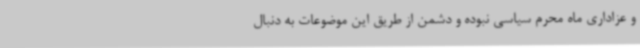
و عزاداری ماه محرم سیاسی نبوده و دشمن از طریق این موضوعات به دنبال